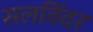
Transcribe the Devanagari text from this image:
सलविंदर